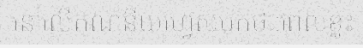
នៅលើគណនីយហ្វេសបុកថា:ពេលខ្លះ